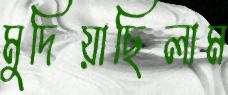
মুদিয়াছিলাম